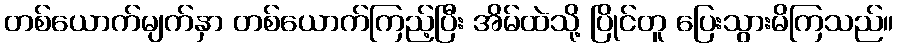
တစ်ယောက်မျက်နှာ တစ်ယောက်ကြည့်ပြီး အိမ်ထဲသို့ ပြိုင်တူ ပြေးသွားမိကြသည်။